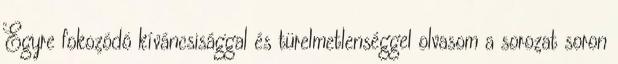
Egyre fokozódó kíváncsisággal és türelmetlenséggel olvasom a sorozat soron